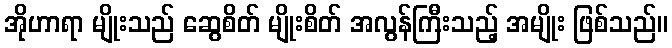
အိုဟာရာ မျိုးသည် ဆွေစိတ် မျိုးစိတ် အလွန်ကြီးသည့် အမျိုး ဖြစ်သည်။